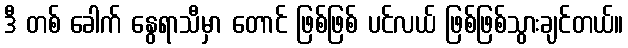
ဒီ တစ် ခေါက် နွေရာသီမှာ တောင် ဖြစ်ဖြစ် ပင်လယ် ဖြစ်ဖြစ်သွားချင်တယ်။